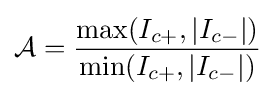
{\mathcal {A}}={\frac {\mathrm {max} (I_{c+},|I_{c-}|)}{\mathrm {min} (I_{c+},|I_{c-}|)}}